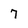
Character: 7